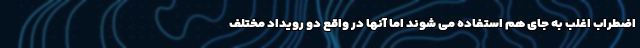
اضطراب اغلب به جای هم استفاده می شوند اما آنها در واقع دو رویداد مختلف